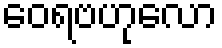
ဝေရဗဟုလော